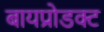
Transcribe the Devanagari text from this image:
बायप्रोडक्ट